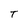
Character: T